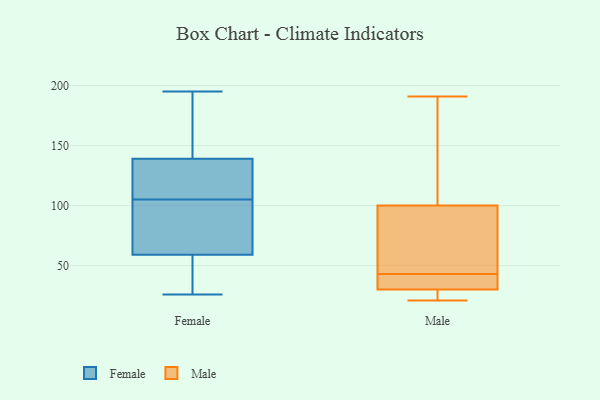
{"axis": {"x": "Energy Usage (MWh)", "y": "Value"}, "legend": ["Female", "Male"], "data": [{"x": "", "y": 134, "type": "Female"}, {"x": "", "y": 116, "type": "Female"}, {"x": "", "y": 45, "type": "Female"}, {"x": "", "y": 119, "type": "Female"}, {"x": "", "y": 139, "type": "Female"}, {"x": "", "y": 150, "type": "Female"}, {"x": "", "y": 48, "type": "Female"}, {"x": "", "y": 174, "type": "Female"}, {"x": "", "y": 62, "type": "Female"}, {"x": "", "y": 70, "type": "Female"}, {"x": "", "y": 70, "type": "Female"}, {"x": "", "y": 59, "type": "Female"}, {"x": "", "y": 108, "type": "Female"}, {"x": "", "y": 195, "type": "Female"}, {"x": "", "y": 171, "type": "Female"}, {"x": "", "y": 102, "type": "Female"}, {"x": "", "y": 38, "type": "Female"}, {"x": "", "y": 26, "type": "Female"}, {"x": "", "y": 40, "type": "Male"}, {"x": "", "y": 64, "type": "Male"}, {"x": "", "y": 102, "type": "Male"}, {"x": "", "y": 94, "type": "Male"}, {"x": "", "y": 43, "type": "Male"}, {"x": "", "y": 131, "type": "Male"}, {"x": "", "y": 24, "type": "Male"}, {"x": "", "y": 191, "type": "Male"}, {"x": "", "y": 21, "type": "Male"}, {"x": "", "y": 28, "type": "Male"}, {"x": "", "y": 36, "type": "Male"}]}